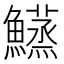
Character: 𬵴